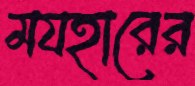
মযহারের